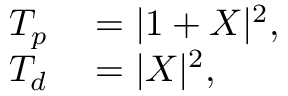
\begin{array} { r l } { T _ { p } } & { { } = | 1 + X | ^ { 2 } , } \\ { T _ { d } } & { { } = | X | ^ { 2 } , } \end{array}